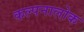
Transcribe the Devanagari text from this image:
कल्पनालोक